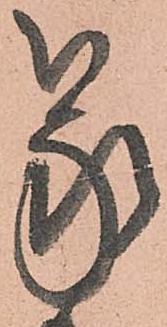
蒙